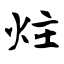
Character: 炷